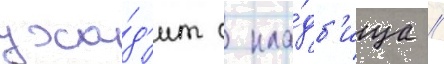
ухо́д'ит с кла́дб'ища //